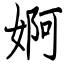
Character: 婀